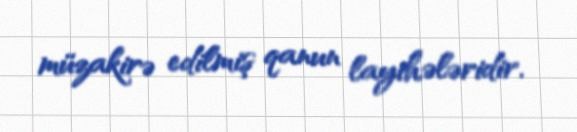
müzakirə edilmiş qanun layihələridir.